Annual report of lunatic asylums [Bombay] - 1912-1922
Year: 1912
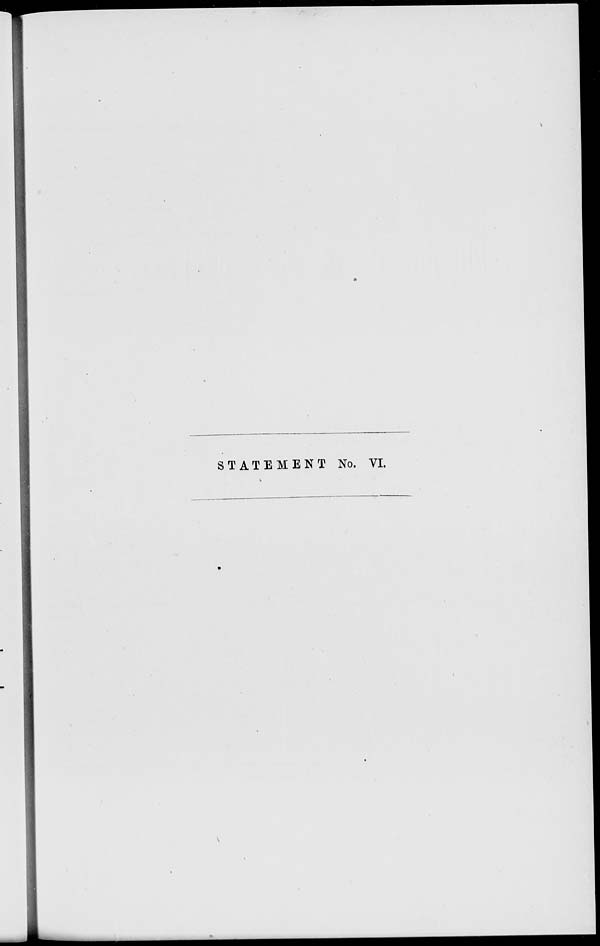
STATEMENT No. VI.